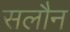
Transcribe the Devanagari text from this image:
सलौन